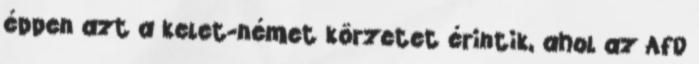
éppen azt a kelet-német körzetet érintik, ahol az AfD